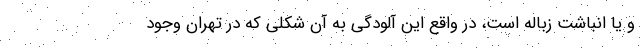
و یا انباشت زباله است، در واقع این آلودگی به آن شکلی که در تهران وجود